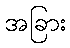
အခြား